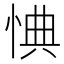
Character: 㥏